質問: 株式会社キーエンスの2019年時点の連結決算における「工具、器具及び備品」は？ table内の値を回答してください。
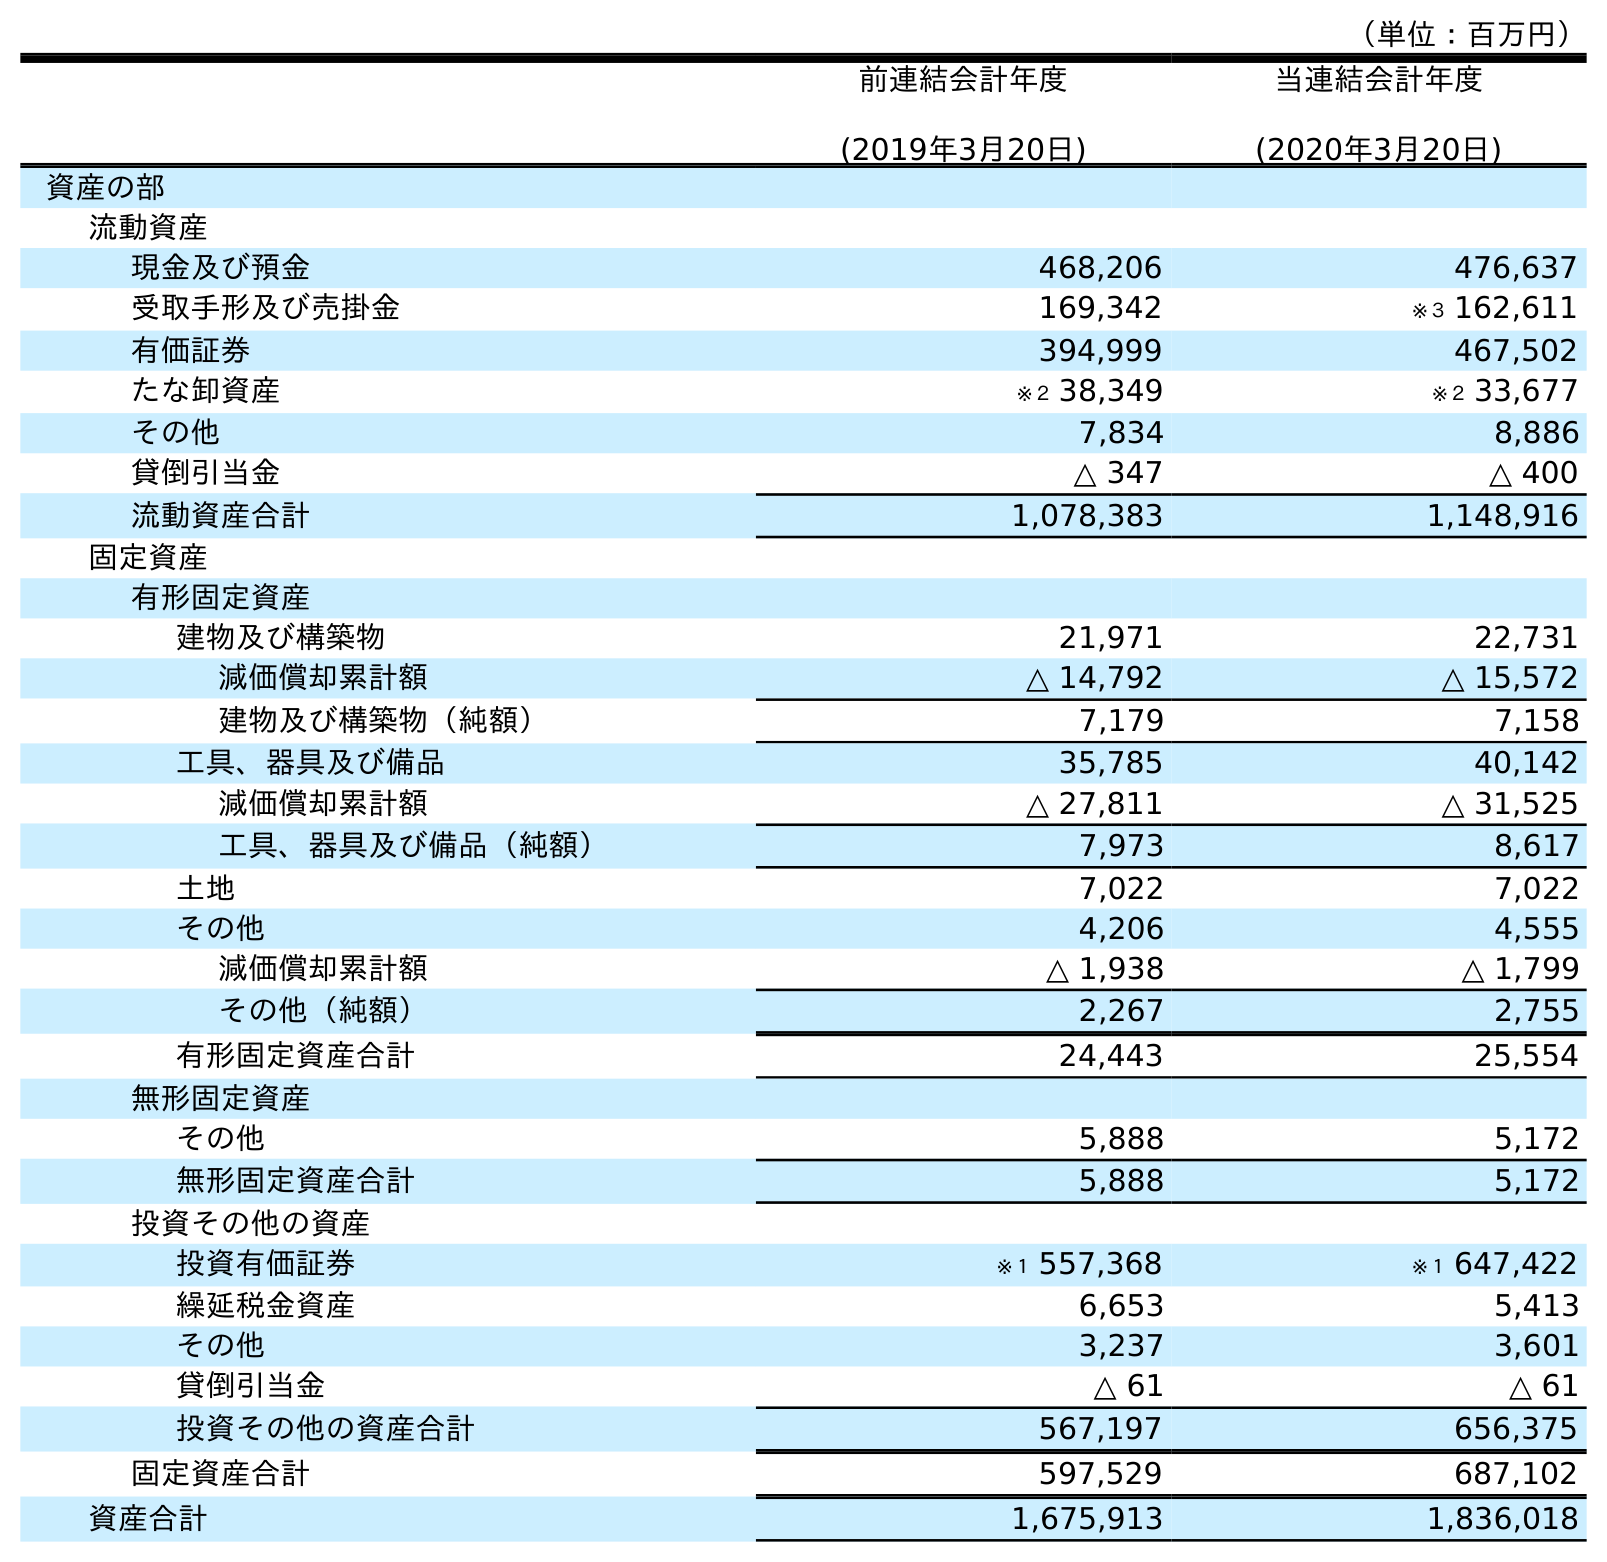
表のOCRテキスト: （単位：百万円） 前連結会計年度 (2019年3月20日) 当連結会計年度 (2020年3月20日) 資産の部 流動資産 現金及び預金 468,206 476,637 受取手形及び売掛金 169,342 ※３ 162,611 有価証券 394,999 467,502 たな卸資産 ※２ 38,349 ※２ 33,677 その他 7,834 8,886 貸倒引当金 △ 347 △ 400 流動資産合計 1,078,383 1,148,916 固定資産 有形固定資産 建物及び構築物 21,971 22,731 減価償却累計額 △ 14,792 △ 15,572 建物及び構築物（純額） 7,179 7,158 工具、器具及び備品 35,785 40,142 減価償却累計額 △ 27,811 △ 31,525 工具、器具及び備品（純額） 7,973 8,617 土地 7,022 7,022 その他 4,206 4,555 減価償却累計額 △ 1,938 △ 1,799 その他（純額） 2,267 2,755 有形固定資産合計 24,443 25,554 無形固定資産 その他 5,888 5,172 無形固定資産合計 5,888 5,172 投資その他の資産 投資有価証券 ※１ 557,368 ※１ 647,422 繰延税金資産 6,653 5,413 その他 3,237 3,601 貸倒引当金 △ 61 △ 61 投資その他の資産合計 567,197 656,375 固定資産合計 597,529 687,102 資産合計 1,675,913 1,836,018
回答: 35,785